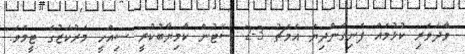
ވާދަވެރި ކުޅުމެއް ފެނިގެންދިޔަ އެމެޗު 3-2 ސެޓުން ކާމިޔާބުކުރީ ސިއްހީ މަރުކަޒުގެ ޓީީމެވެ.